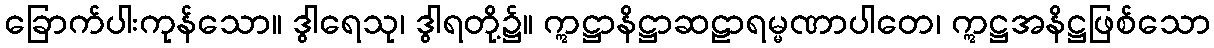
ခြောက်ပါးကုန်သော။ ဒွါရေသု၊ ဒွါရတို့၌။ ဣဋ္ဌာနိဋ္ဌာဆဠာရမ္မဏာပါတေ၊ ဣဋ္ဌအနိဋ္ဌဖြစ်သော